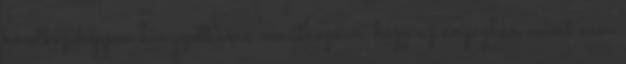
következőképpen hangzott arra vonatkozóan, hogy az anyagban miért nem